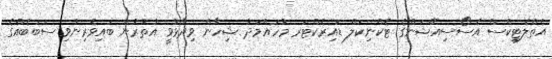
އެތްލެޓިކްސް އެސޯސިއޭޝަންގެ ޓެކްނިކަލް ޑައިރެކްޓަރ މުހައްމަދު ޝިހާން ވިދާޅުވީ އުތުުރުން ބައިވެރިނުވި ސަބަބެއްގެ